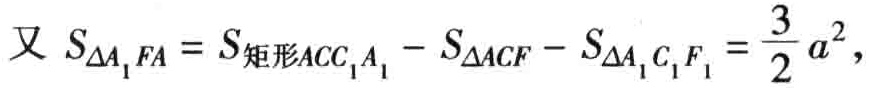
又 \(S_{\triangle A_{1}FA} = S_{矩形ACC_{1}A_{1}} - S_{\triangle ACF} - S_{\triangle A_{1}C_{1}F_{1}}=\frac{3}{2}a^{2}\)，